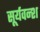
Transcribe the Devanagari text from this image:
सूर्यवन्श